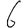
Digit: 6